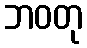
ဘဝတု